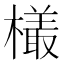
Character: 𣜒